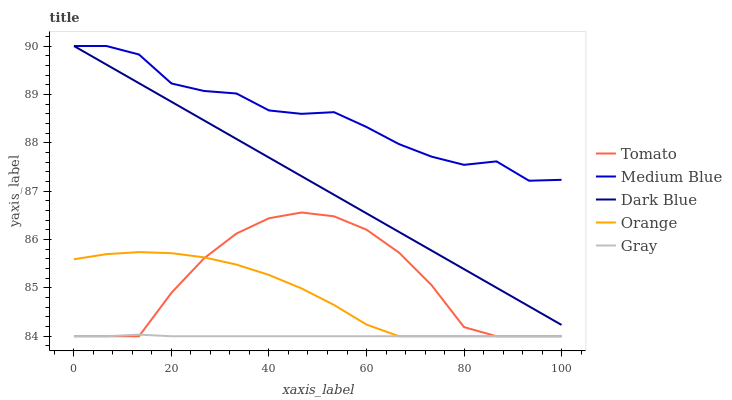
| xaxis_label | Tomato | Medium Blue | Dark Blue | Orange | Gray |
 | --- | --- | --- | --- | --- | --- |
 | 0 | 84 | 90 | 90 | 85.6 | 84 |
 | 6.67 | 84 | 90 | 89.6 | 85.7 | 84 |
 | 13.3 | 84 | 89.8 | 89.2 | 85.7 | 84 |
 | 20 | 84.9 | 89.2 | 88.8 | 85.7 | 84 |
 | 26.7 | 85.6 | 89.1 | 88.5 | 85.6 | 84 |
 | 33.3 | 86.1 | 89 | 88.1 | 85.5 | 84 |
 | 40 | 86.4 | 88.7 | 87.7 | 85.3 | 84 |
 | 46.7 | 86.6 | 88.6 | 87.3 | 85 | 84 |
 | 53.3 | 86.5 | 88.6 | 86.9 | 84.6 | 84 |
 | 60 | 86.2 | 88.3 | 86.5 | 84.2 | 84 |
 | 66.7 | 85.7 | 88 | 86.2 | 84 | 84 |
 | 73.3 | 85.1 | 87.7 | 85.8 | 84 | 84 |
 | 80 | 84.2 | 87.5 | 85.4 | 84 | 84 |
 | 86.7 | 84 | 87.6 | 85 | 84 | 84 |
 | 93.3 | 84 | 87.2 | 84.6 | 84 | 84 |
 | 100 | 84 | 87.2 | 84.2 | 84 | 84 |